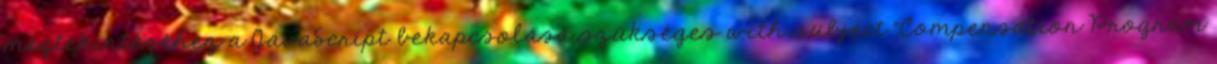
megtekintéséhez a JavaScript bekapcsolása szükséges with subject "Compensation Program